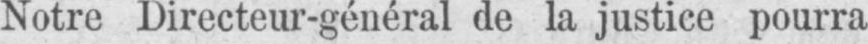
Notre Directeur-général de la justice pourra